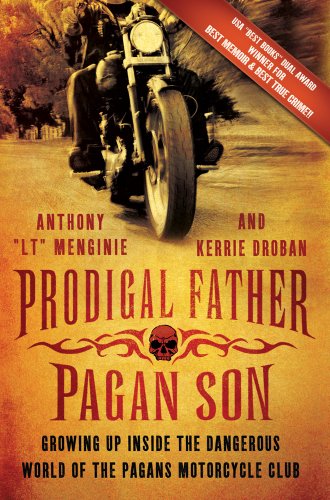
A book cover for Prodigal Father, Pagan Son: Growing Up Inside the Dangerous World of the Pagans Motorcycle Club; Anthony "LT" Menginie; Biographies & Memoirs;